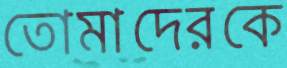
তোমাদেরকে